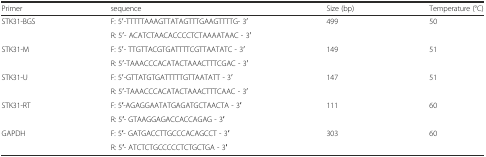
| Primer | sequence | Size (bp) | Temperature (°C) |
 | --- | --- | --- | --- |
 | <ROWSPAN=2> STK31-BGS | F: 5ʹ-TTTTTAAAGTTATAGTTTGAAGTTTTG- 3ʹ | <ROWSPAN=2> 499 | <ROWSPAN=2> 50 |
 | R: 5ʹ- ACATCTAACACCCCTCTAAAATAAC - 3ʹ |
 | <ROWSPAN=2> STK31-M | F: 5ʹ- TTGTTACGTGATTTTCGTTAATATC - 3ʹ | <ROWSPAN=2> 149 | <ROWSPAN=2> 51 |
 | R: 5ʹ-TAAACCCACATACTAAACTTTCGAC - 3ʹ |
 | <ROWSPAN=2> STK31-U | F: 5ʹ-GTTATGTGATTTTTGTTAATATT - 3ʹ | <ROWSPAN=2> 147 | <ROWSPAN=2> 51 |
 | R: 5ʹ-TAAACCCACATACTAAACTTTCAAC - 3ʹ |
 | <ROWSPAN=2> STK31-RT | F: 5′-AGAGGAATATGAGATGCTAACTA - 3′ | <ROWSPAN=2> 111 | <ROWSPAN=2> 60 |
 | R: 5′- GTAAGGAGACCACCAGAG - 3′ |
 | <ROWSPAN=2> GAPDH | F: 5′- GATGACCTTGCCCACAGCCT - 3′ | <ROWSPAN=2> 303 | <ROWSPAN=2> 60 |
 | R: 5′- ATCTCTGCCCCCTCTGCTGA - 3′ |